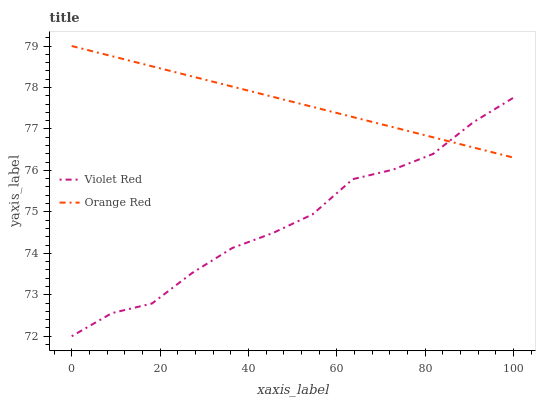
| xaxis_label | Violet Red | Orange Red |
 | --- | --- | --- |
 | 0 | 72 | 79 |
 | 9.09 | 72.6 | 78.8 |
 | 18.2 | 72.8 | 78.5 |
 | 27.3 | 73.5 | 78.3 |
 | 36.4 | 74.1 | 78 |
 | 45.5 | 74.5 | 77.8 |
 | 54.5 | 74.9 | 77.5 |
 | 63.6 | 75.8 | 77.3 |
 | 72.7 | 76 | 77 |
 | 81.8 | 76.4 | 76.8 |
 | 90.9 | 77.2 | 76.6 |
 | 100 | 77.8 | 76.3 |